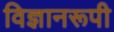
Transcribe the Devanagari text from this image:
विज्ञानरूपी